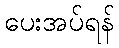
ပေးအပ်ရန်